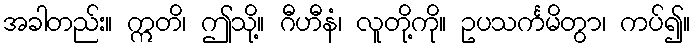
အခါတည်း။ ဣတိ၊ ဤသို့။ ဂီဟီနံ၊ လူတို့ကို။ ဥပသင်္ကမိတွာ၊ ကပ်၍။